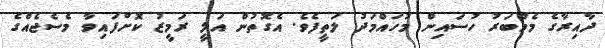
ދާއިރާގެ މެމްބަރު ހުސައިން މުހައްމަދު ލަތީފެވެ. އެގޮތުން އަލީ ރަމީޒު ކޮށްފައިވާ މެސެޖެއްގެ